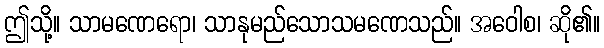
ဤသို့။ သာမဏေရော၊ သာနုမည်သောသမဏေသည်။ အဝေါစ၊ ဆို၏။